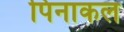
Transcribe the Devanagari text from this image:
पिनाकल